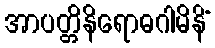
အာပတ္တိနိရောဓဂါမိနိံ